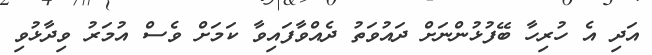
އަދި އެ ހުރިހާ ބޭފުޅުންނަށް ދައުވަތު ދެއްވާފައިވާ ކަމަށް ވެސް އުމަރު ވިދާޅުވި